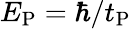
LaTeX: E_{\mathrm{P}}=\hbar/t_{\mathrm{P}}